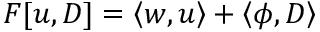
F [ u , D ] = \left\langle w , u \right\rangle + \left\langle \phi , D \right\rangle